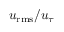
u _ { \mathrm { r m s } } / u _ { \tau }